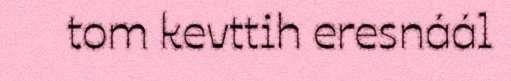
tom kevttih eresnáál